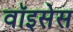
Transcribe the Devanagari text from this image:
वॉइसेस